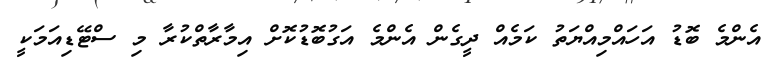
އެންމެ ބޮޑު އަހައްމިއްޔަތު ކަމެއް ދީގެން އެންމެ އަގުބޮޑުކޮށް އިމާރާތްކުރާ މި ސްޓޭޑިއަމަކީ